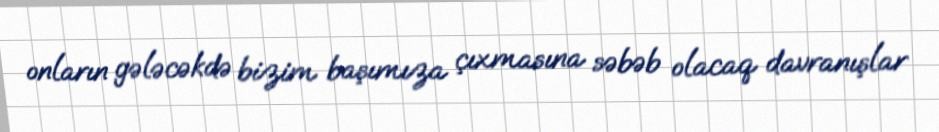
onların gələcəkdə bizim başımıza çıxmasına səbəb olacaq davranışlar